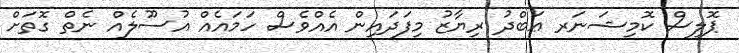
ޕޮލިސް ކޮމިޝަނަރ ޢަބްދު ރިޔާޒު މިފަދައިން އެއްވެސް ހަމައެއް އުސޫލެއް ނެތް ގޮތަށް